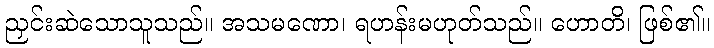
ညှင်းဆဲသောသူသည်။ အသမဏော၊ ရဟန်းမဟုတ်သည်။ ဟောတိ၊ ဖြစ်၏။